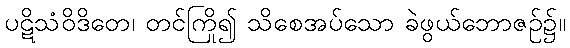
ပဋိသံဝိဒိတေ၊ တင်ကြို၍ သိစေအပ်သော ခဲဖွယ်ဘောဇဉ်၌။